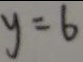
y = 6